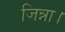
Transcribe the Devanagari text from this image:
जिन्ना।